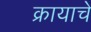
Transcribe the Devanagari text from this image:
क्रायाचे